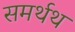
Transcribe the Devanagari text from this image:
समर्थथ